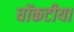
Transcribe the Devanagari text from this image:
धोंकटीया